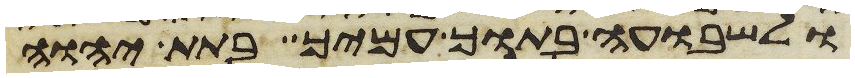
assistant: ולשבועה בתוך עמיך בתת יהוה